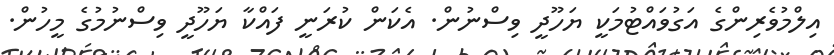
އިލްމުވެރިންގެ އަގުވައްޓުމަކީ ޔަހޫދީ ވިސްނުން. އެކަން ކުރަނީ ފައްކާ ޔަހޫދީ ވިސްނުމުގެ މީހުން.